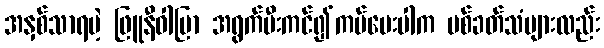
အနှစ်သာရမဲ့ ဖြူနီဝါပြာ အရွက်မီးကင်၍ကပ်ပေးပါက ပစ်ခတ်သံများလည်း